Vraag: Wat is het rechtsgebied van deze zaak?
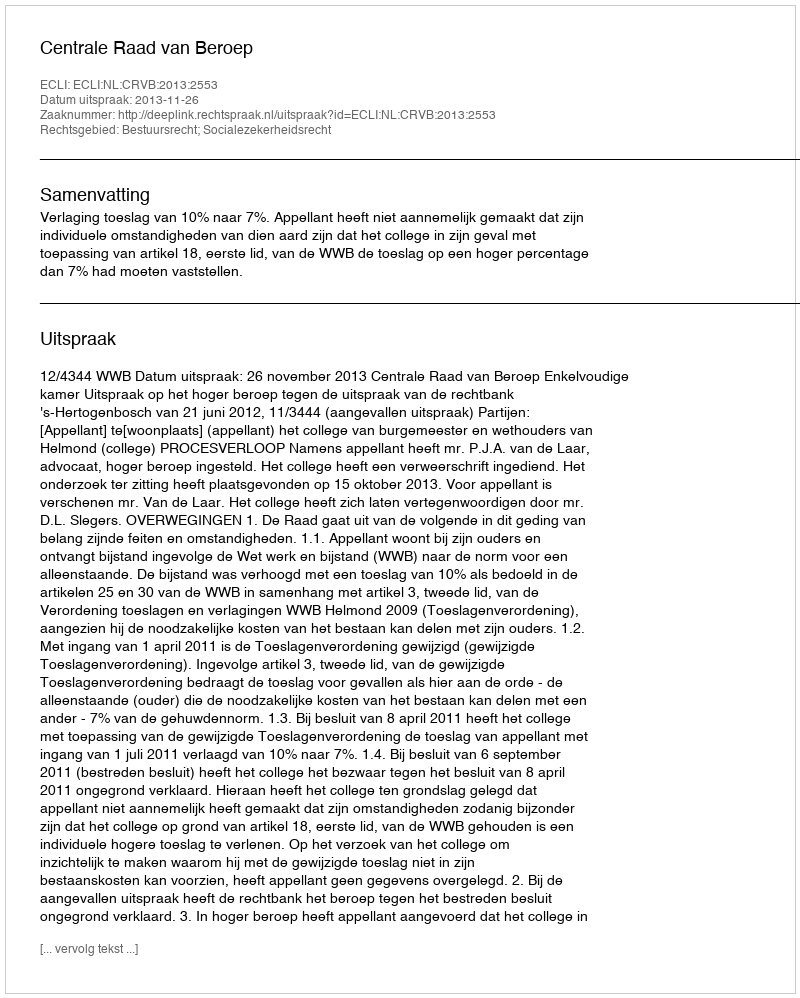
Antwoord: Bestuursrecht; Socialezekerheidsrecht